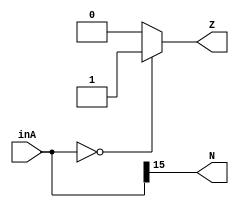
module branch_flagger(inA, N, Z);

    input [15:0] inA;
    output N;
    output Z;

    assign N = inA[15];

    reg ZAss;

    always @ (*) begin
        case(inA)
            15'h0000:begin
               ZAss = 1;
            end
            default:begin
                ZAss = 0;
            end
        endcase
    end 
    
    assign Z = ZAss;

endmodule